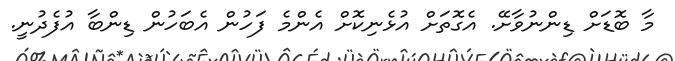
މާ ބޮޑަށް ޑިންނުވާށޭ. އެގޮތަށް އުޅެނިކޮށް އެންމެ ފަހުން އެބަހުން ޑިންބާ އުފެދުނީ.